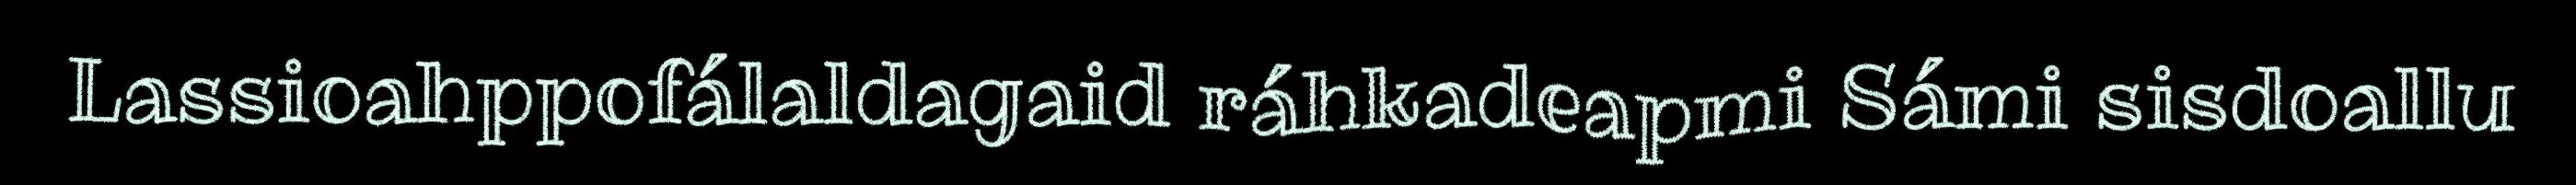
Lassioahppofálaldagaid ráhkadeapmi Sámi sisdoallu